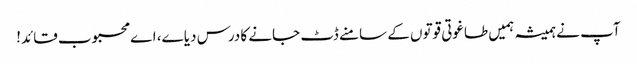
آپ نے ہمیشہ ہمیں طاغوتی قوتوں کے سامنے ڈٹ جانے کا درس دیا ے، اے محبوب قائد!